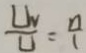
\frac { U _ { v } } { U } = \frac { n } { 1 }